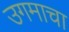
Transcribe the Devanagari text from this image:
उगमाचा